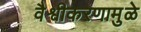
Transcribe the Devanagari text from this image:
वैश्वीकरणामुळे